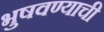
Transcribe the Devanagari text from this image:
भुषवण्याची